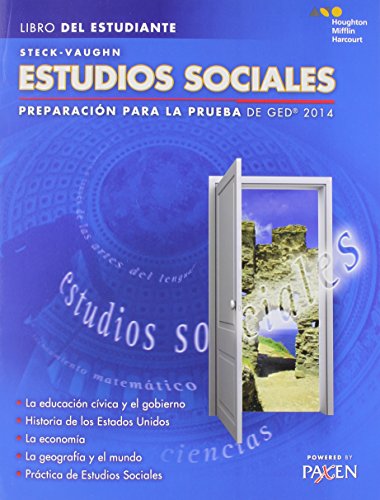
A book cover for Steck-Vaughn GED: Test Prep 2014 GED Social Studies Spanish Student Edition 2014 (Spanish Edition); STECK-VAUGHN; Test Preparation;